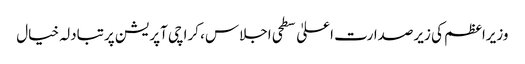
وزیراعظم کی زیرصدارت اعلیٰ سطحی اجلاس، کراچی آپریشن پرتبادلہ خیال